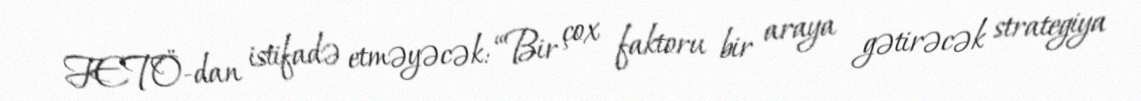
FETÖ-dan istifadə etməyəcək: “Bir çox faktoru bir araya gətirəcək strategiya